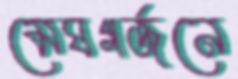
মেঘগর্জনে